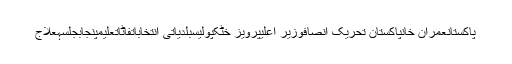
پاکستانعمران خانپاکستان تحریک انصافوزیر اعلیٰپرویز خٹکپولیسبلدیاتی انتخاباتفاٹاتعلیمپنجابجلسہعلاج